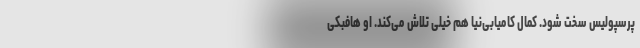
پرسپولیس سخت شود. کمال کامیابی‌نیا هم خیلی تلاش می‌کند. او هافبکی